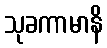
သုခကာမာနိ